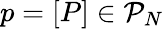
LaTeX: p=[P]\in\mathcal P_{N}